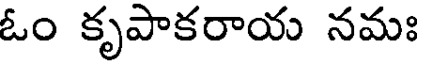
ఓం కృపాకరాయ నమః